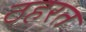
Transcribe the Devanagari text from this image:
ठहरत